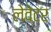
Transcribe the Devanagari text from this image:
लेवेटर